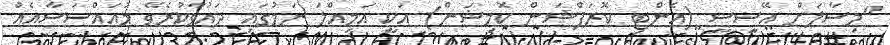
"މިސާލަށް އޭސީސީ (އެންޓި ކޮރަޕްޝަން ކޮމިޝަން) އަކީ އަމިއްލަ ނަމުގައި ދައުވާކުރެވޭ މުއައްސަސާއެއް